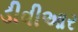
ડીવીઆર